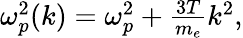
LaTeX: \begin{array}{r}{\omega_{p}^{2}(k)=\omega_{p}^{2}+\frac{3T}{m_{e}}k^{2},}\end{array}